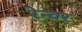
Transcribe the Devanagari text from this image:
रेन्वर